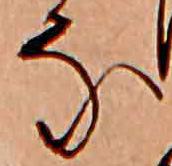
な